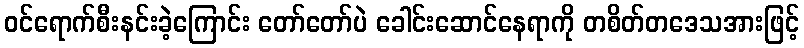
ဝင်ရောက်စီးနင်းခဲ့ကြောင်း တော်တော်ပဲ ခေါင်းဆောင်နေရာကို တစိတ်တဒေသအားဖြင့်